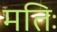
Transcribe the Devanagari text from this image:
मतिः